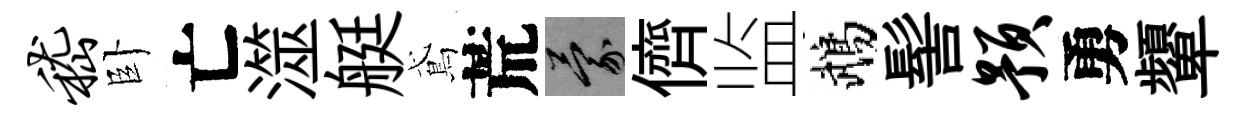
嵇卧亡澨艇鳶荒蒙儕监鵡髻预勇顰